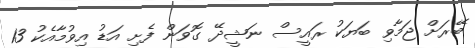
ބޭރަށް ޖަމާވި ބަޔަކު ރައީސް ނަޝީދޭ ގޮވަން ފެށި އަޑު އިވުމާއެކު 13